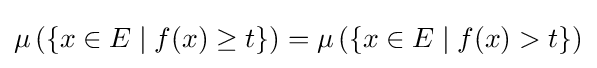
\mu \left(\{x\in E\mid f(x)\geq t\}\right)=\mu \left(\{x\in E\mid f(x)>t\}\right)